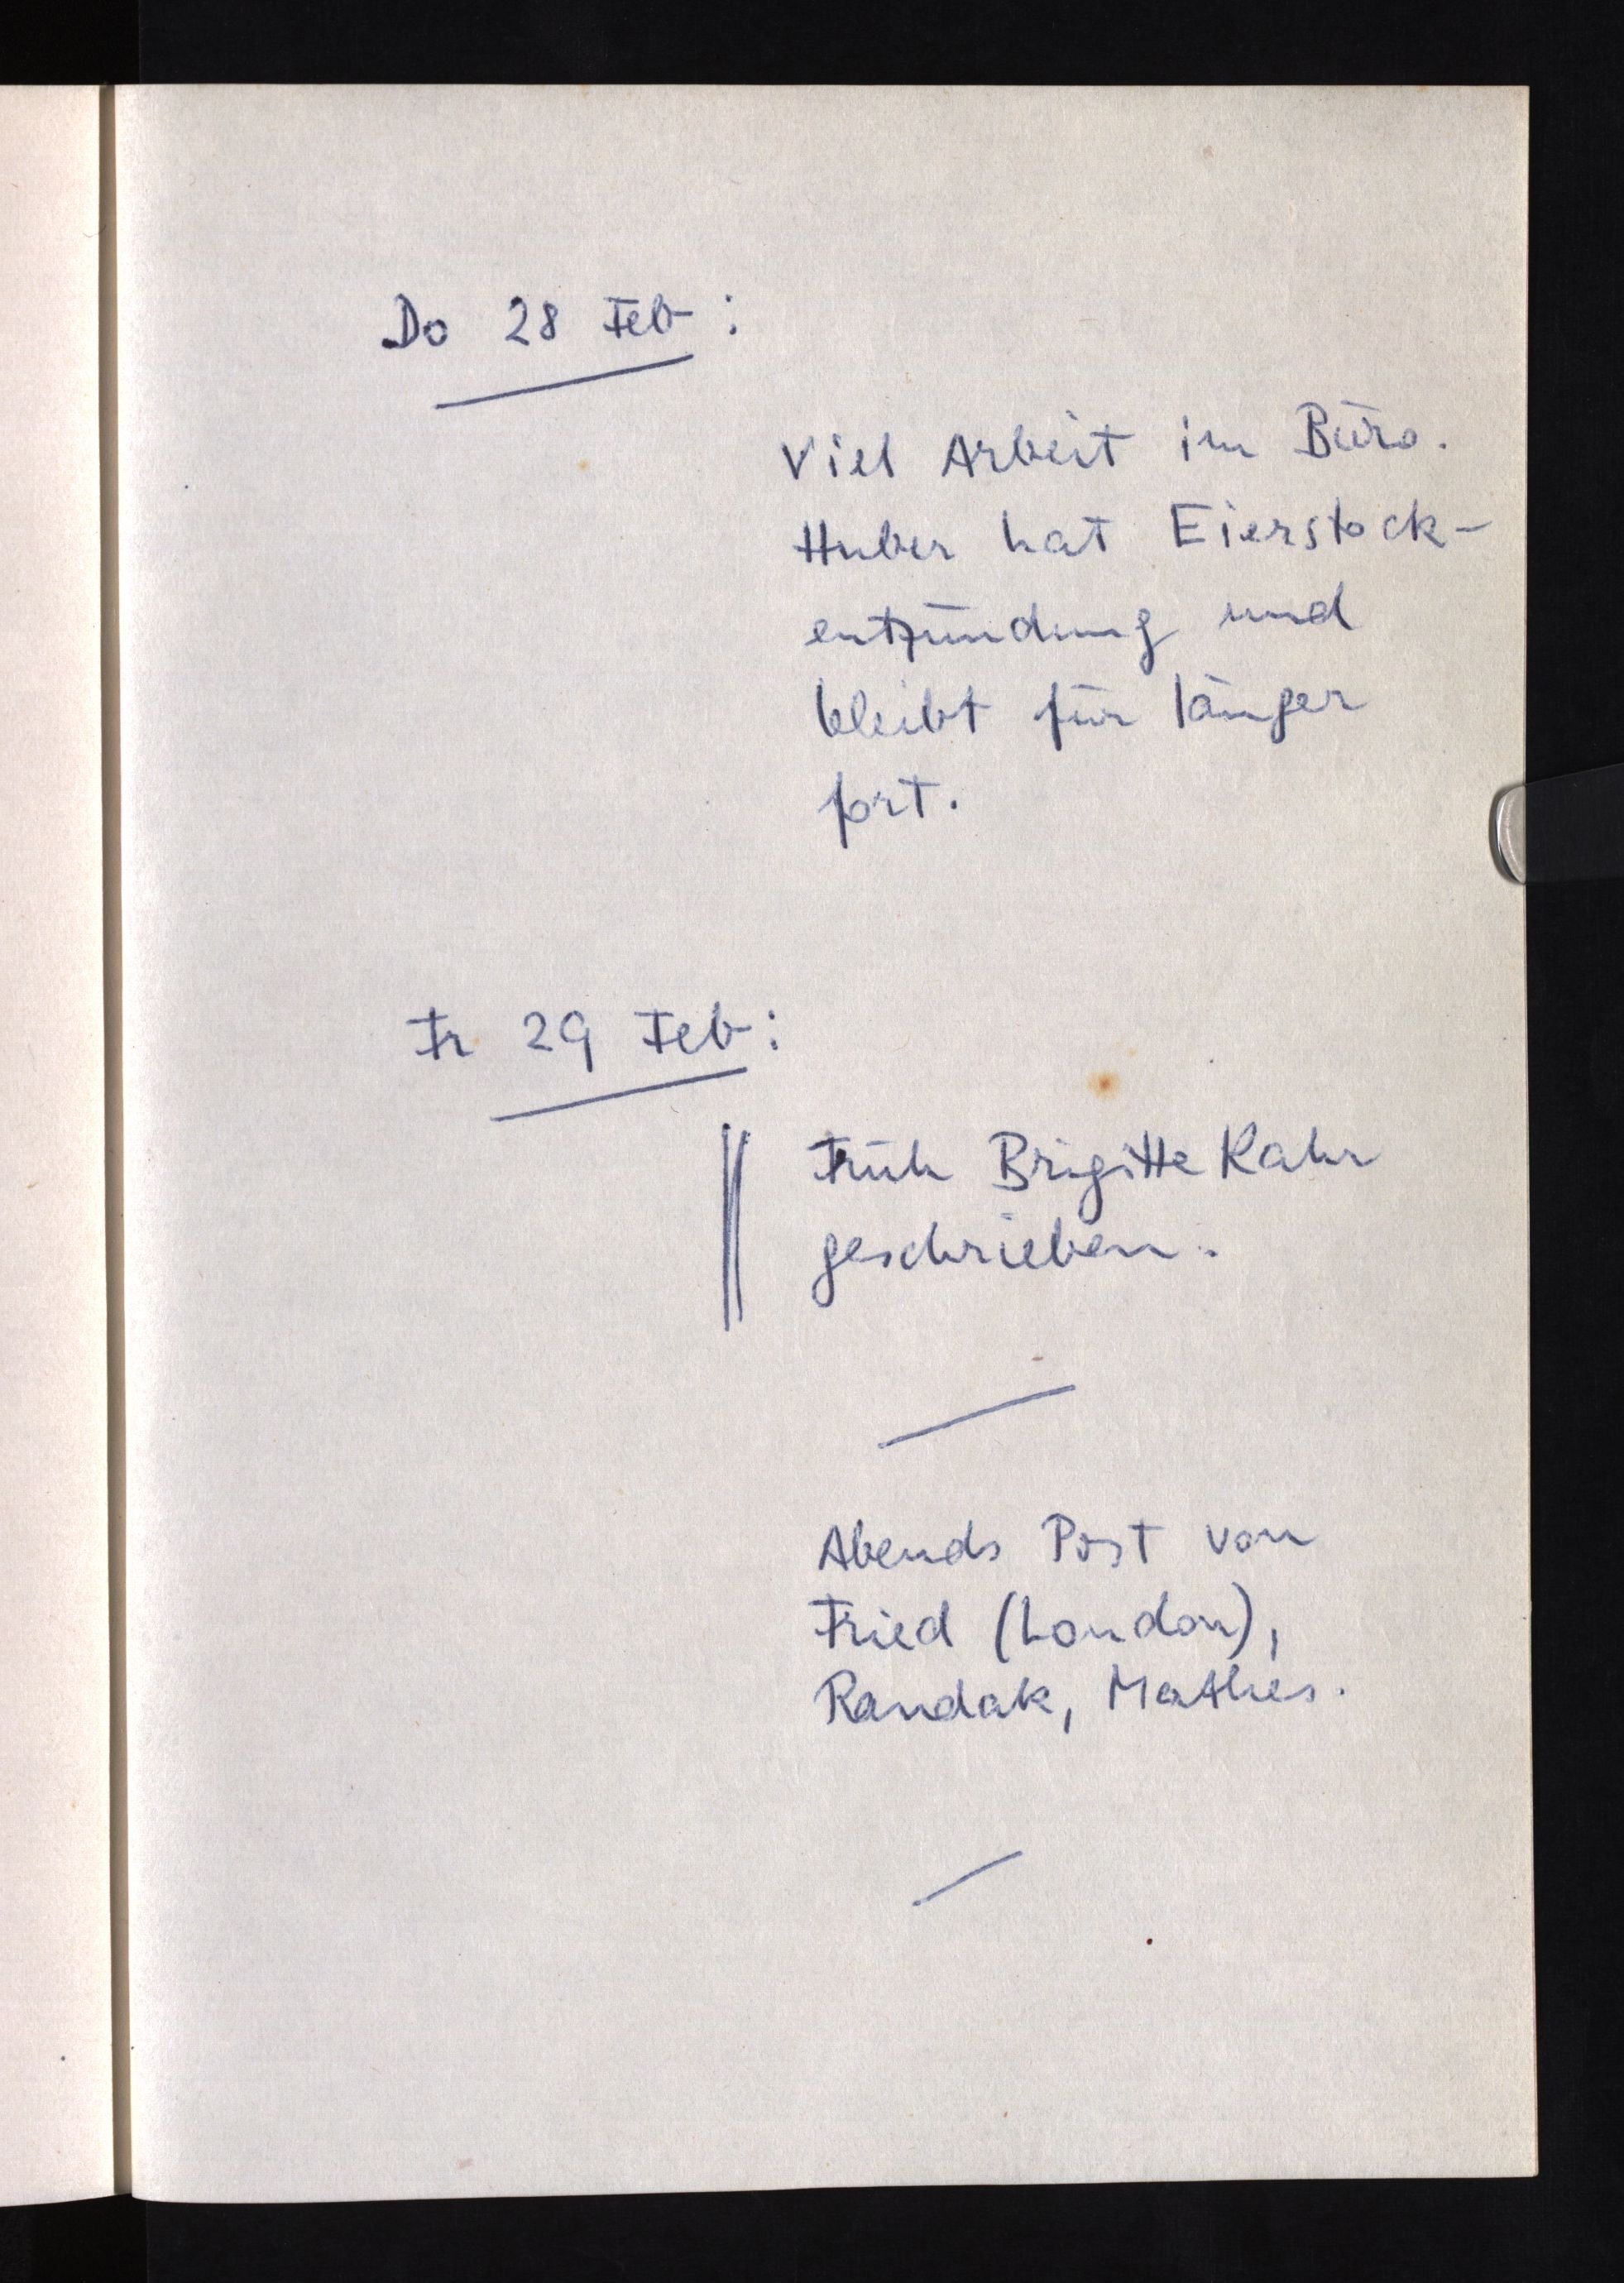
Do 28 Feb:
Viel Arbeit im Büro.
Huber hat Eierstock¬
entzündung und
bleibt für länger
fort.
Fr 29 Feb:
Früh Brigitte Kahr
geschrieben.
Abends Post von
Fried (London),
Randak, Mathes.